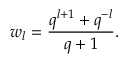
w _ { l } = \frac { q ^ { l + 1 } + q ^ { - l } } { q + 1 } .